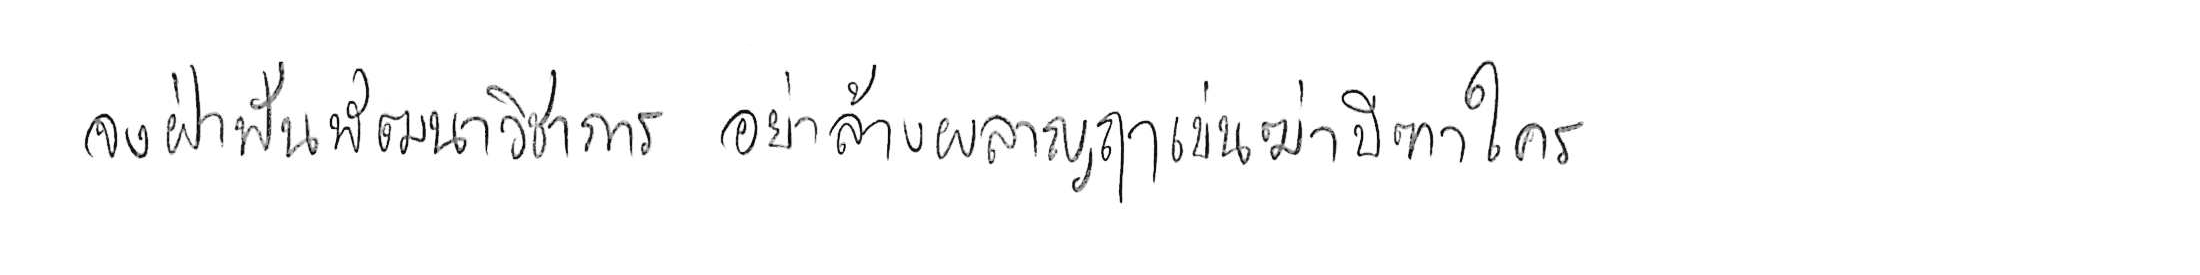
จงฝ่าฟันพัฒนาวิชาการ อย่าล้างผลาญฤๅเข่นฆ่าบีฑาใคร